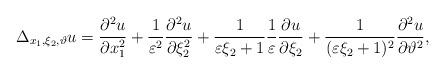
LaTeX: \begin{align*} \Delta_{x_1,\xi_2,\vartheta} u = \frac{\partial^2 u}{\partial x_1^2} + \frac{1}{\varepsilon^2} \frac{\partial^2 u}{\partial \xi_2^2} + \frac{1}{\varepsilon\xi_2+1} \frac{1}{\varepsilon} \frac{\partial u}{\partial \xi_2} + \frac{1}{(\varepsilon\xi_2+1)^2} \frac{\partial^2 u}{\partial \vartheta ^2},\end{align*}